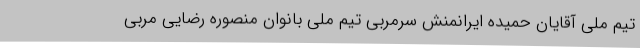
تیم ملی آقایان حمیده ایرانمنش سرمربی تیم ملی بانوان منصوره رضایی مربی